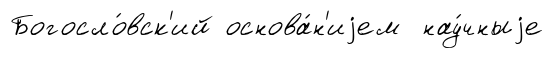
Богосло́вск'ий основа́н'иjем нау́чныjе